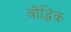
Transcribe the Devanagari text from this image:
वौद्धिक